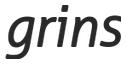
grins